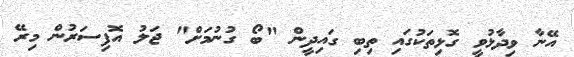
އޭނާ ވިދާޅުވީ ގޮޅިތަކުގައި ތިބި ގައިދީން "ބޯ ގުނުމަށް" ޖަލު އޮފިސަރުން މިރޭ